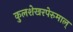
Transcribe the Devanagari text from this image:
कुलशेखरपेरुमाल्